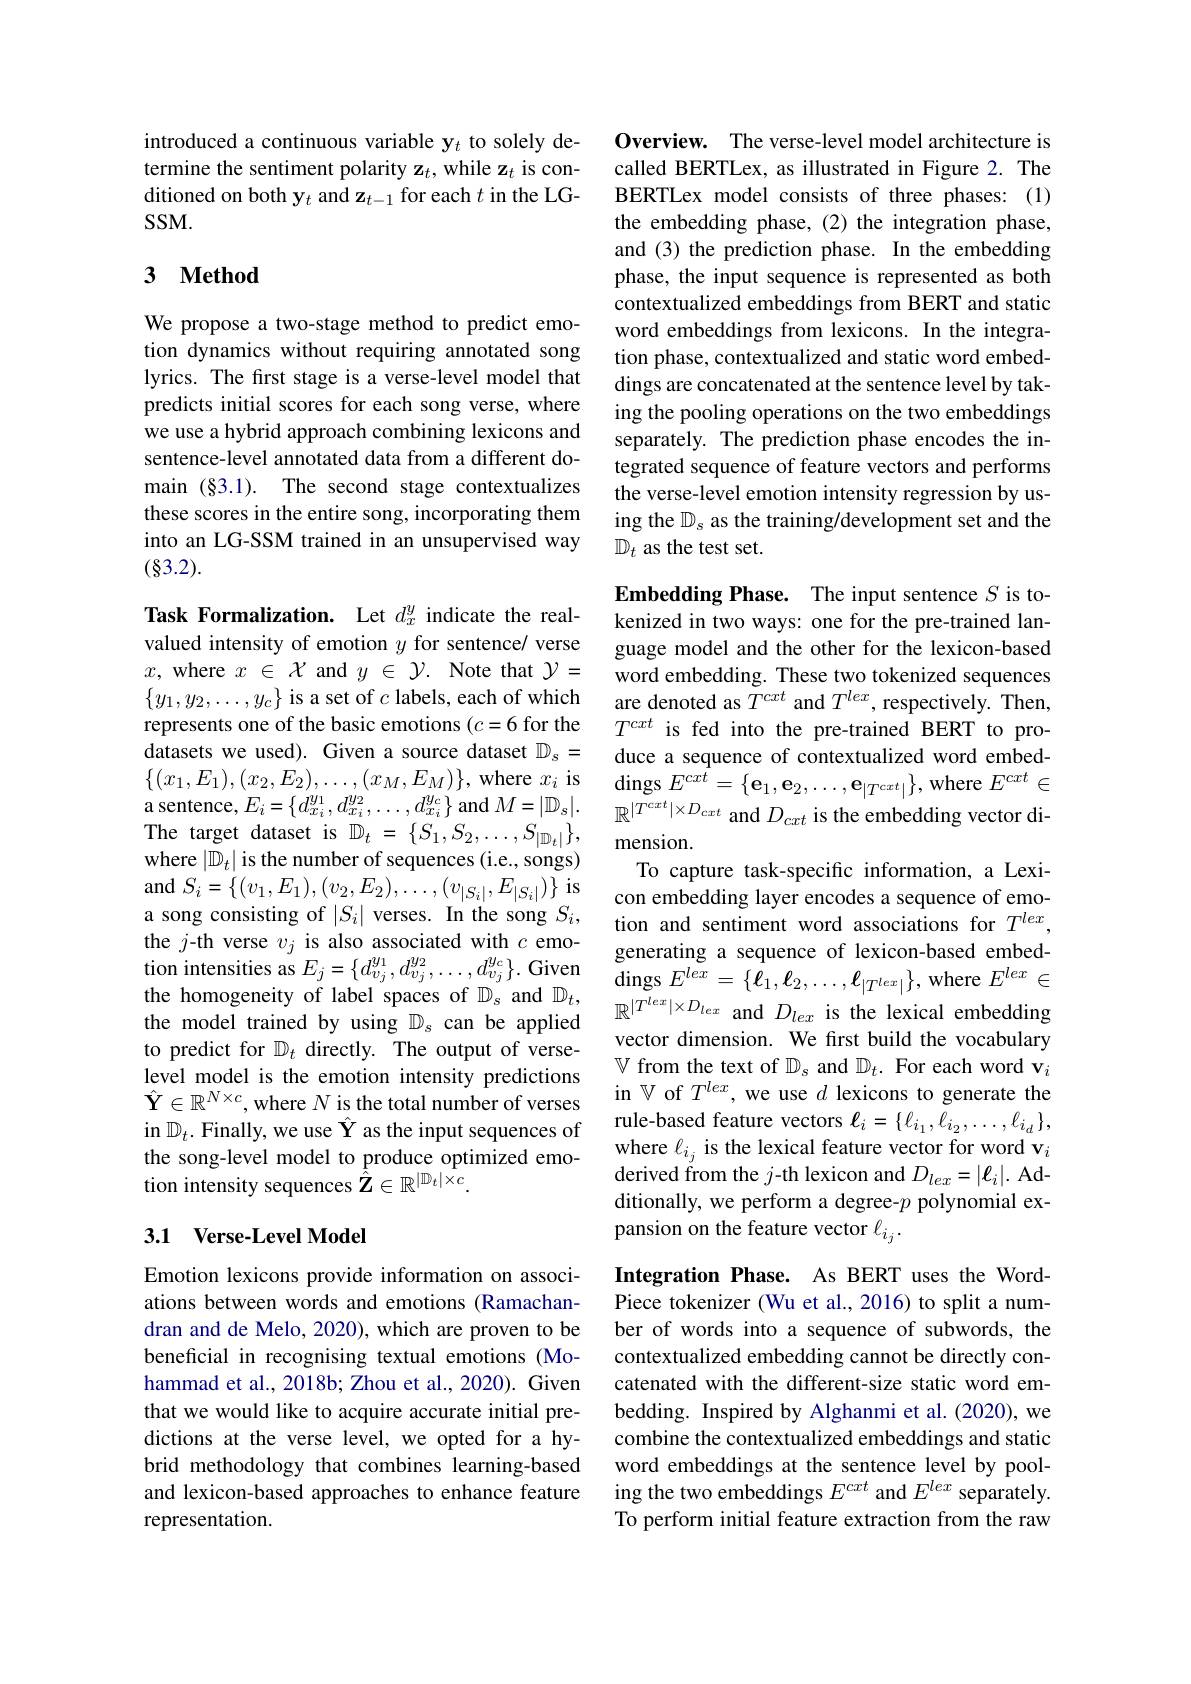
introduced a continuous variable y$_t$ to solely determine the sentiment polarity z$_t$,while z$_t$ is conditioned on both y$_t$ and z$_t-1$ for each $t$ in the LG- $SSM.$

### 3 $\mathbf{Method}$

We propose a two-stage method to predict emotion dynamics without requiring annotated song lyrics. The first stage is a verse-level model that predicts initial scores for each song verse, where we use a hybrid approach combining lexicons and sentence-level annotated data from a different domain (§3.1). The second stage contextualizes these scores in the entire song, incorporating them into an LG-SSM trained in an unsupervised way (83.2).

Task Formalization. Let $d_x^y$ indicate the realvalued intensity of emotion $y$ for sentence/ verse $x$, where $x\in\mathcal{X}$ and $y\in\mathcal{Y}.$ Note that $\mathcal{Y}=$ $\{y_1,y_2,\ldots,y_c\}$ is a set of $c$ labels, each of which represents one of the basic emotions (c=6 for the datasets we used). Given a source dataset $\mathbb{D}_s=$ $\{(x_{1},E_{1}),(x_{2},E_{2}),\ldots,(x_{M},E_{M})\}$,where $x_i$ is a sentence, $E_{i}= \{ d_{x_{i}}^{y_{1}}, d_{x_{i}}^{y_{2}}, \ldots , d_{x_{i}}^{y_{c}}\}$and$M=|\mathbb D_{s}|.$ The target dataset is $\mathbb{D}_t=\{S_1,S_2,\ldots,S_{|\mathbb{D}_t|}\}$, where $|\mathbb{D}_t|$ is the number of sequences (i.e., songs) and $S_i=\{(v_{1},E_{1}),(v_{2},E_{2}),\ldots,(v_{|S_{i}|},E_{|S_{i}|})\}$ is a song consisting of $|S_i|$ verses. In the song $S_i$, the $j$-th verse $v_j$ is also associated with $c$ emotion intensities as $E_j=\{d_{v_j}^{y_1},d_{v_j}^{y_2},\ldots,d_{v_j}^{y_c}\}.$ Given the homogeneity of label spaces of $\mathbb{D}_s$ and $\mathbb{D}_t$, the model trained by using $\mathbb{D}_s$ can be applied to predict for $\mathbb{D}_t$ directly. The output of verselevel model is the emotion intensity predictions $\hat{\mathbf{Y}}\in\mathbb{R}^{N\times c}$,where $N$ is the total number of verses in $\mathbb{D}_t.$ Finally, we use $\hat{\mathbf{Y}}$ as the input sequences of the song-level model to produce optimized emotion intensity sequences $\hat{\hat{Z}}\in\mathbb{R}^{|\mathbb{D}_t|\times c}.$

## 3.1 Verse-Level Model

Emotion lexicons provide information on associations between words and emotions (Ramachandran and de Melo, 2020), which are proven to be beneficial in recognising textual emotions (Mohammad et al., 2018b; Zhou et al., 2020). Given that we would like to acquire accurate initial predictions at the verse level, we opted for a hybrid methodology that combines learning-based and lexicon-based approaches to enhance feature representation.

Overview. The verse-level model architecture is called BERTLex, as illustrated in Figure 2. The BERTLex model consists of three phases: (1) the embedding phase, (2) the integration phase, and (3) the prediction phase. In the embedding phase, the input sequence is represented as both contextualized embeddings from BERT and static word embeddings from lexicons. In the integration phase, contextualized and static word embeddings are concatenated at the sentence level by taking the pooling operations on the two embeddings separately. The prediction phase encodes the integrated sequence of feature vectors and performs the verse-level emotion intensity regression by using the $\mathbb{D}_s$ as the training/development set and the $\mathbb{D}_t$ as the test set.

Embedding Phase. The input sentence $S$ is tokenized in two ways: one for the pre-trained language model and the other for the lexicon-based word embedding. These two tokenized sequences are denoted as $\bar{T}^{cxt}$ and $T^lex$, respectively. Then, $T^{cxt}$ is fed into the pre-trained BERT to produce a sequence of contextualized word embed- $\operatorname{dings}E^{cxt}=\{\mathbf{e}_{1},\mathbf{e}_{2},\ldots,\mathbf{e}_{|T^{cxt}|}\}$,where $E^cxt\in$ $\mathbb{R}^{|T^{cxt}|\times D_{cxt}\mathrm{~and~}D_{cxt}\mathrm{~is~the~embedding~vector~di-}}$ mension.
To capture task-specific information, a Lexicon embedding layer encodes a sequence of emotion and sentiment word associations for $T^{lex}$, generating a sequence of lexicon-based embed- $\operatorname{dings}E^{lex}=\{\bar{\ell_{1}},\boldsymbol{\ell_{2}},\ldots,\boldsymbol{\ell_{|T^{lex}|}}\}$,where $E^lex\in$ $\mathbb{R}^{|T^{lex}|\times D_{lex}}$ and $D_lex$ is the lexical embedding vector dimension. We frst build the vocabulary $\mathbb{V}$ from the text of $\mathbb{D}_s$ and $\mathbb{D}_t.$ For each word v$_i$ in $\mathbb{V}$ of $T^lex$, we use $d$ lexicons to generate the rule-based feature vectors $\ell_i=\{\ell_{i_1},\bar{\ell_{i_2}},\ldots,\ell_{i_d}\}$, where $\ell_{i_j}$ is the lexical feature vector for word v$_i$ derived from the $j$-th lexicon and $D_lex=|\ell_i|.$ Additionally, we perform a degree-$p$ polynomial expansion on the feature vector $\ell_{i_j}.$

Integration Phase. As BERT uses the WordPiece tokenizer (Wu et al., 2016) to split a number of words into a sequence of subwords, the contextualized embedding cannot be directly concatenated with the different-size static word embedding. Inspired by Alghanmi et al.(2020), we combine the contextualized embeddings and static word embeddings at the sentence level by pooling the two embeddings $E^cxt$ and $E^lex$ separately. To perform initial feature extraction from the raw